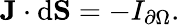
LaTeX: \mathbf{J}\cdot\mathrm{{d}}\mathbf{S}=-I_{\partial\Omega}.